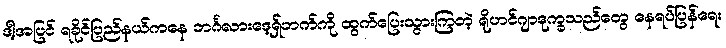
ဒါ့အပြင် ရခိုင်ပြည်နယ်ကနေ ဘင်္ဂလားဒေ့ရှ်ဘက်ကို ထွက်ပြေးသွားကြတဲ့ ရိုဟင်ဂျာဒုက္ခသည်တွေ နေရပ်ပြန်ရေး